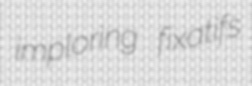
imploring fixatifs